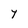
Character: Y